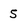
Character: 5